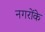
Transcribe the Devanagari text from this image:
नगरोंके